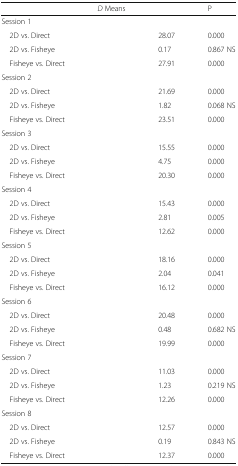
<table><thead><tr><td>[EMPTY_CELL]</td><td><b><i>D</i> Means</b></td><td>[EMPTY_CELL]</td><td><b>P</b></td></tr></thead><tbody><tr><td colspan="4">Session 1</td></tr><tr><td> 2D vs. Direct</td><td>[EMPTY_CELL]</td><td>28.07</td><td>0.000</td></tr><tr><td> 2D vs. Fisheye</td><td>[EMPTY_CELL]</td><td>0.17</td><td>0.867 NS</td></tr><tr><td> Fisheye vs. Direct</td><td>[EMPTY_CELL]</td><td>27.91</td><td>0.000</td></tr><tr><td colspan="4">Session 2</td></tr><tr><td> 2D vs. Direct</td><td>[EMPTY_CELL]</td><td>21.69</td><td>0.000</td></tr><tr><td> 2D vs. Fisheye</td><td>[EMPTY_CELL]</td><td>1.82</td><td>0.068 NS</td></tr><tr><td> Fisheye vs. Direct</td><td>[EMPTY_CELL]</td><td>23.51</td><td>0.000</td></tr><tr><td colspan="4">Session 3</td></tr><tr><td> 2D vs. Direct</td><td>[EMPTY_CELL]</td><td>15.55</td><td>0.000</td></tr><tr><td> 2D vs. Fisheye</td><td>[EMPTY_CELL]</td><td>4.75</td><td>0.000</td></tr><tr><td> Fisheye vs. Direct</td><td>[EMPTY_CELL]</td><td>20.30</td><td>0.000</td></tr><tr><td colspan="4">Session 4</td></tr><tr><td> 2D vs. Direct</td><td>[EMPTY_CELL]</td><td>15.43</td><td>0.000</td></tr><tr><td> 2D vs. Fisheye</td><td>[EMPTY_CELL]</td><td>2.81</td><td>0.005</td></tr><tr><td> Fisheye vs. Direct</td><td>[EMPTY_CELL]</td><td>12.62</td><td>0.000</td></tr><tr><td colspan="4">Session 5</td></tr><tr><td> 2D vs. Direct</td><td>[EMPTY_CELL]</td><td>18.16</td><td>0.000</td></tr><tr><td> 2D vs. Fisheye</td><td>[EMPTY_CELL]</td><td>2.04</td><td>0.041</td></tr><tr><td> Fisheye vs. Direct</td><td>[EMPTY_CELL]</td><td>16.12</td><td>0.000</td></tr><tr><td colspan="4">Session 6</td></tr><tr><td> 2D vs. Direct</td><td>[EMPTY_CELL]</td><td>20.48</td><td>0.000</td></tr><tr><td> 2D vs. Fisheye</td><td>[EMPTY_CELL]</td><td>0.48</td><td>0.682 NS</td></tr><tr><td> Fisheye vs. Direct</td><td>[EMPTY_CELL]</td><td>19.99</td><td>0.000</td></tr><tr><td colspan="4">Session 7</td></tr><tr><td> 2D vs. Direct</td><td>[EMPTY_CELL]</td><td>11.03</td><td>0.000</td></tr><tr><td> 2D vs. Fisheye</td><td>[EMPTY_CELL]</td><td>1.23</td><td>0.219 NS</td></tr><tr><td> Fisheye vs. Direct</td><td>[EMPTY_CELL]</td><td>12.26</td><td>0.000</td></tr><tr><td colspan="4">Session 8</td></tr><tr><td> 2D vs. Direct</td><td>[EMPTY_CELL]</td><td>12.57</td><td>0.000</td></tr><tr><td> 2D vs. Fisheye</td><td>[EMPTY_CELL]</td><td>0.19</td><td>0.843 NS</td></tr><tr><td> Fisheye vs. Direct</td><td>[EMPTY_CELL]</td><td>12.37</td><td>0.000</td></tr></tbody></table>